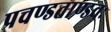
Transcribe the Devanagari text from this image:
प्रचण्डताण्डवः